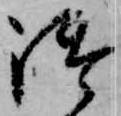
御